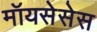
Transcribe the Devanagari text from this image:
मॉयसेसेस